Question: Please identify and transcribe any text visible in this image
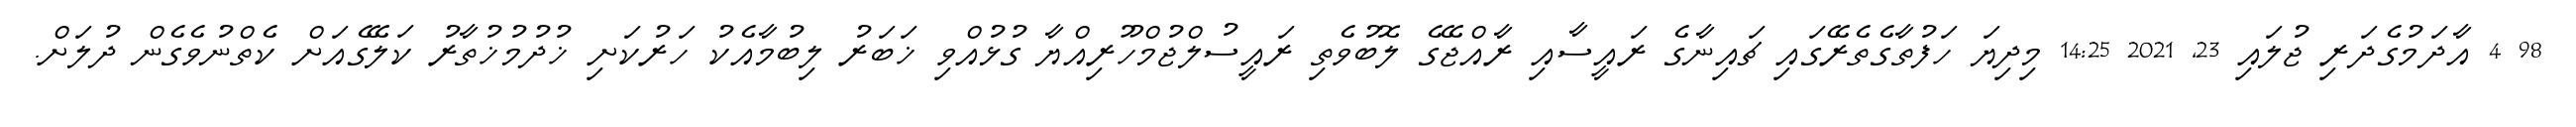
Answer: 98 4 އާދަމުގެދަރި ޖުލައި 23, 2021 14:25 މިދިޔަ ހަފުތާގެތެރޭގައި ޗައިނާގެ ރައީސާއި ރާއްޖޭގެ ލޮބުވެތި ރައީސުލްޖުމްހޫރިއްޔާ ގުޅުއްވި ޚަބަރު ލިބުމާއެކު ހަރުކަށި ޚުދުމުޚުތާރު ކަލޭގެއަށް ކެތްނުވެގެން ދުލަށް.